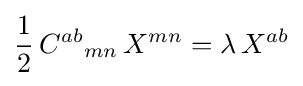
{\frac {1}{2}}\,{C^{ab}}_{mn}\,X^{mn}=\lambda \,X^{ab}